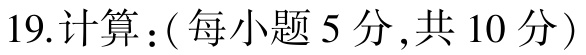
19.计算：(每小题5分,共10分)